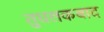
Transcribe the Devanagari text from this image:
तुघलकबाद